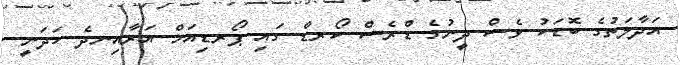
އަދާލަތުގެ ބޮޑަކު ވެސް ދީނުގެ ޑްރެސް ކޯރޑް ގައި ޕޯރޑިއަމް އަރާއިނދެ ހަދަނީ